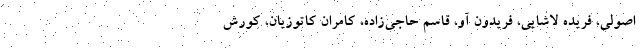
اصولی، فریده لاشایی، فریدون آو، قاسم حاجی‌زاده، کامران کاتوزیان، کورش